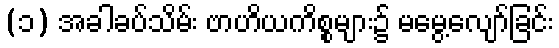
(၁) အခါခပ်သိမ်း ဗာဟိယကိစ္စများ၌ မမွေ့လျော်ခြင်း